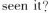
seen it?